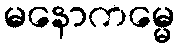
မနောကမ္မေ